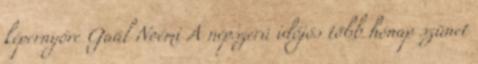
képernyőre Gaál Noémi A nép­szerű idő­jós több hónap szü­net